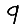
Digit: 9